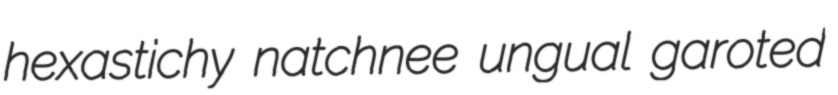
hexastichy natchnee ungual garoted